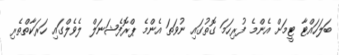
ބަލަހައްޓާ ޓީމަށް އެންމެ ފުރިހަމަ ގޮތުގައި ނުވަތަ އެންމެ ޕްރޮފެޝަނަލް ލެވެލްގައި ހަރަކާތްތެރި